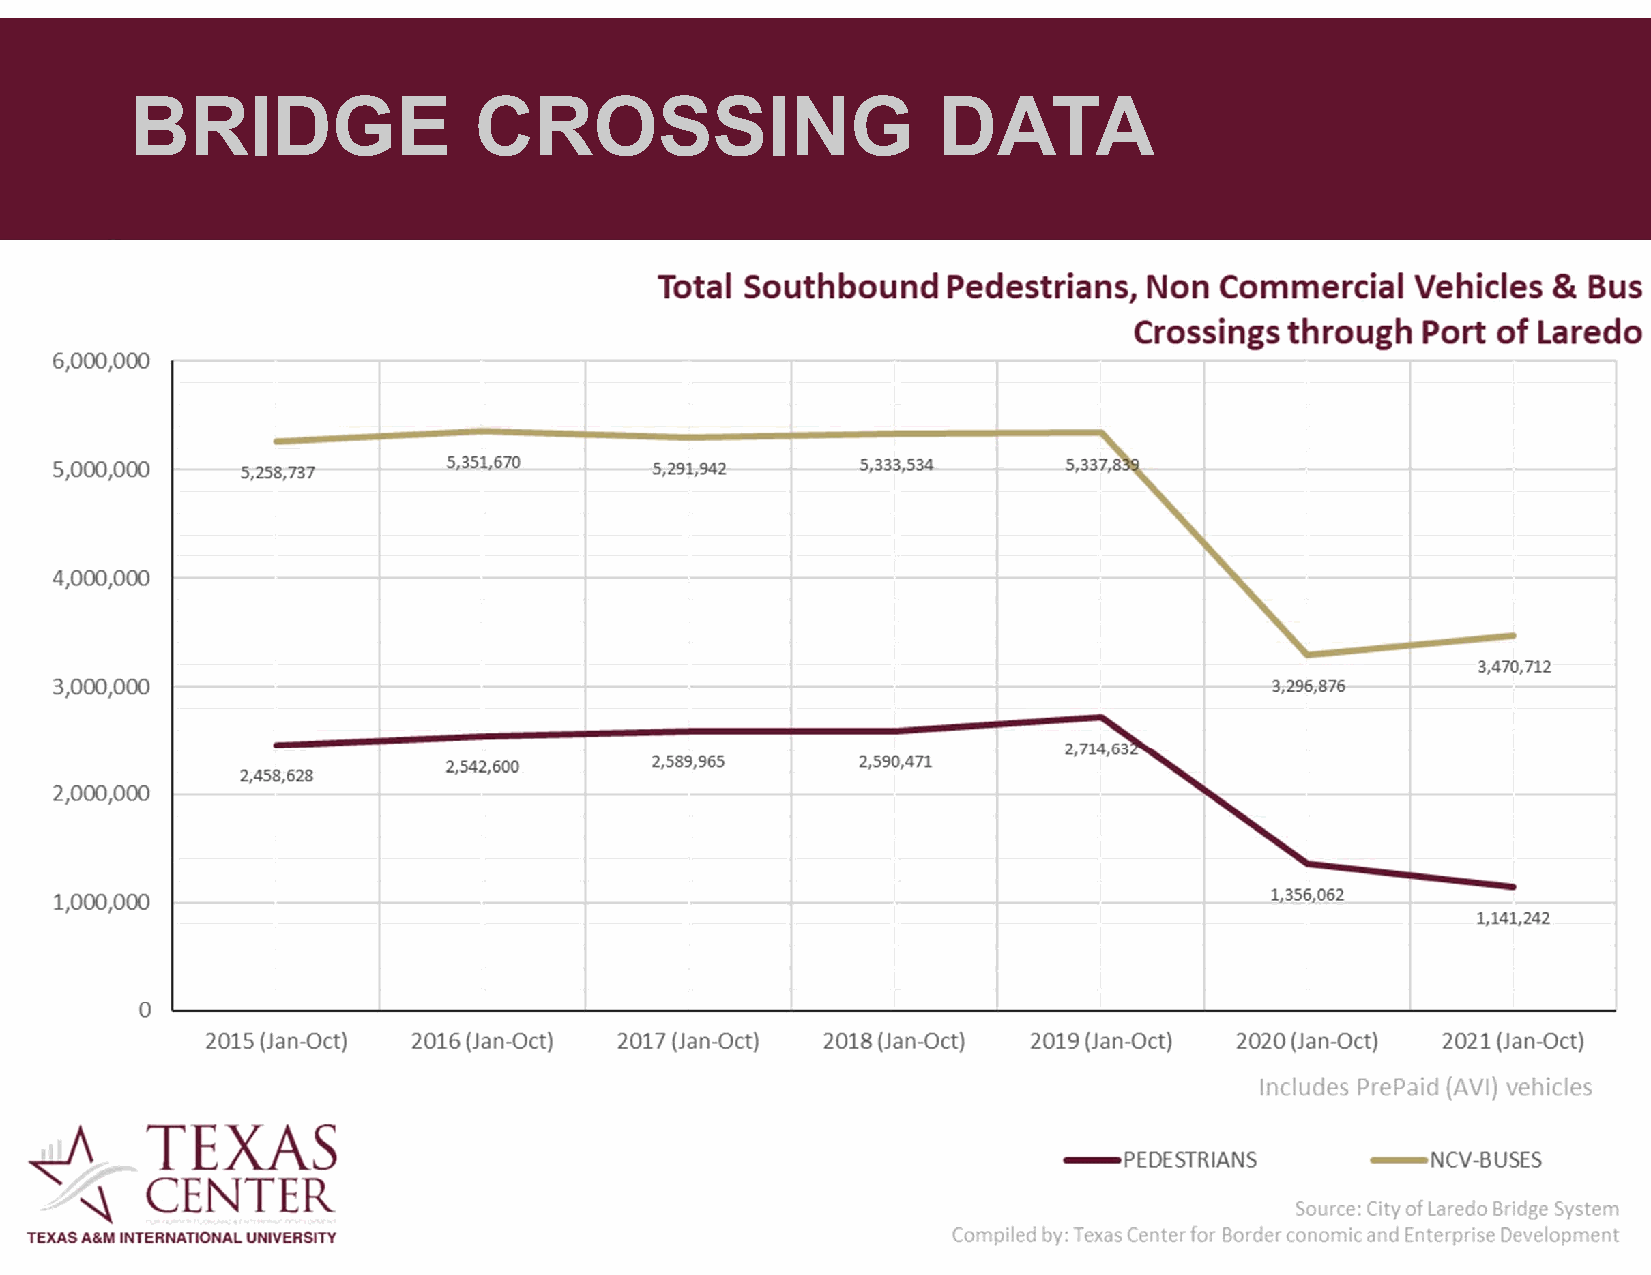
BRIDGE                CROSSING                       DATA